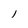
Character: l